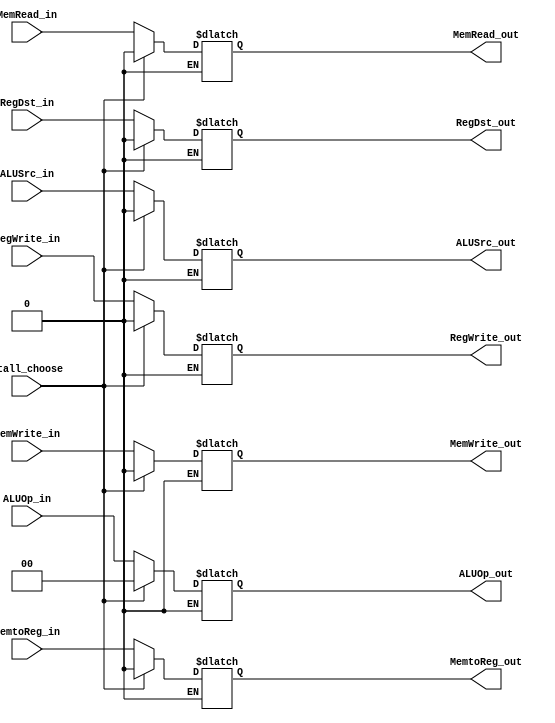
module MuxStall(
input RegDst_in,
input MemRead_in,
input MemtoReg_in,
input[1:0] ALUOp_in,
input MemWrite_in,
input ALUSrc_in,
input RegWrite_in,
input Stall_choose,
output reg RegDst_out,
output reg MemRead_out,
output reg MemtoReg_out,
output reg[1:0] ALUOp_out,
output reg MemWrite_out,
output reg ALUSrc_out,
output reg RegWrite_out
);

always@(*) begin
    if (Stall_choose==0)
    begin
        RegDst_out	=RegDst_in;
        MemRead_out	=MemRead_in;
        MemtoReg_out	=MemtoReg_in;
        ALUOp_out	=ALUOp_in;
        MemWrite_out	=MemWrite_in;
        ALUSrc_out	=ALUSrc_in;
        RegWrite_out	=RegWrite_in;
    end
    if (Stall_choose==1)
    begin
        RegDst_out	=0;
        MemRead_out	=0;
        MemtoReg_out	=0;
        ALUOp_out	=2'd0;
        MemWrite_out	=0;
        ALUSrc_out	=0;
        RegWrite_out	=0;
    end
end
endmodule